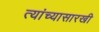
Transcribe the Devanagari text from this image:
त्यांच्यासारखी